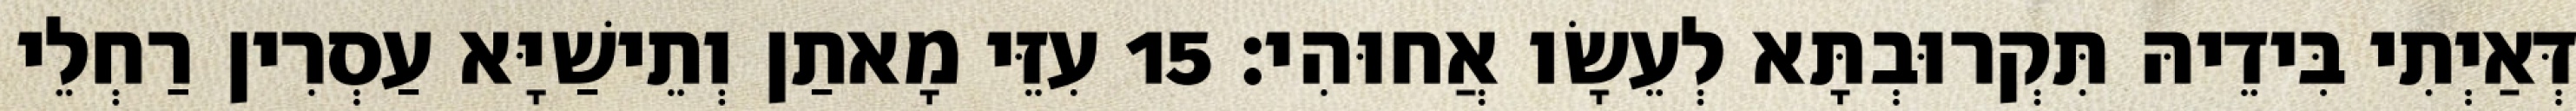
דְּאַיְתִי בִּידֵיהּ תִּקְרוּבְתָּא לְעֵשָׂו אֲחוּהִי׃ 15 עִזֵּי מָאתַן וְתֵישַׁיָּא עַסְרִין רַחְלֵי